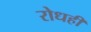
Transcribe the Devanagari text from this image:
रोधही